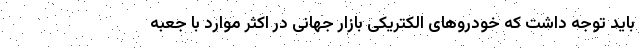
باید توجه داشت که خودروهای الکتریکی بازار جهانی در اکثر موارد با جعبه